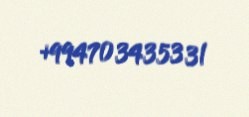
+994703435331